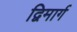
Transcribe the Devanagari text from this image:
द्विमार्ग